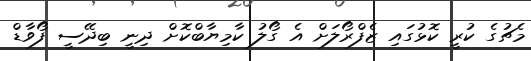
މެޗުގެ ކުރީ ކޮޅުގައި ޒެފްރޯލަށް އެ ގޯލު ކާމިޔާބްކޮށް ދިނީ ބިދޭސީ ފޯވާޑް